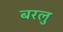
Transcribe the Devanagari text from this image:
बरलु